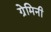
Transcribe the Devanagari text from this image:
ग्रेमिनी